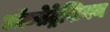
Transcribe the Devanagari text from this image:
ऑब्सेट्रेशियन